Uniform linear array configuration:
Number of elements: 12
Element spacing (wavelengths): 0.25
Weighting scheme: blackman
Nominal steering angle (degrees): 60
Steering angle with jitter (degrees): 61.667
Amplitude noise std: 0.05
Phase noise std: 0.05

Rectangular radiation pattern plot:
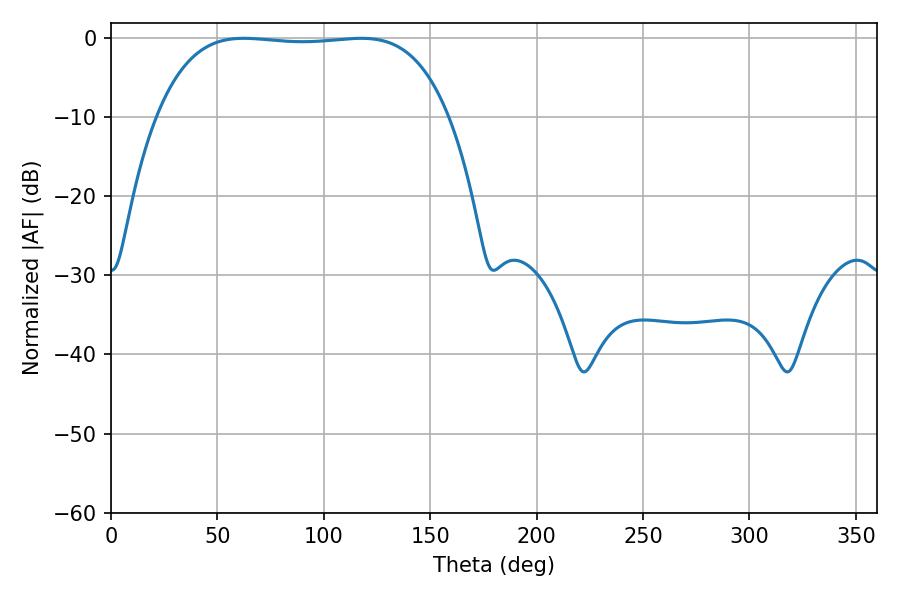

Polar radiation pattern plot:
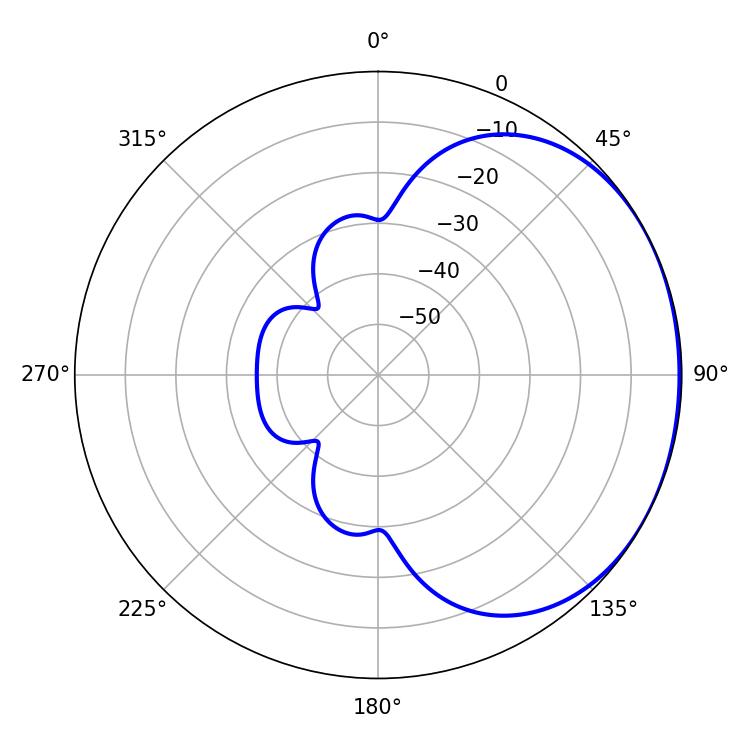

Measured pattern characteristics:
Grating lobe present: FALSE
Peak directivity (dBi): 1.128
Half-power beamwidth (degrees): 107.64
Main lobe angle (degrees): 62.46